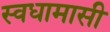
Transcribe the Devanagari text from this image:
स्वधामासी